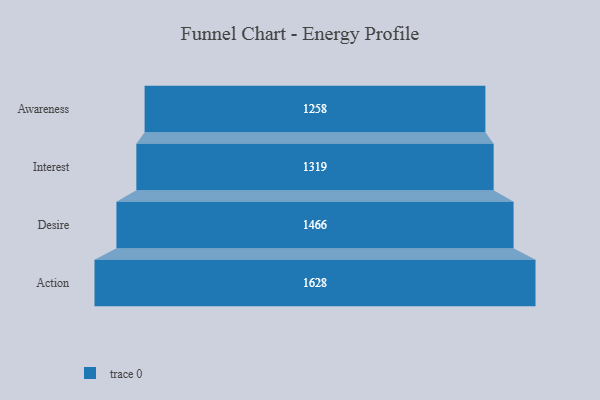
{"axis": {"x": "Stage", "y": "Value"}, "legend": [""], "data": [{"x": "Awareness", "y": 1258.0, "type": ""}, {"x": "Interest", "y": 1319.0, "type": ""}, {"x": "Desire", "y": 1466.0, "type": ""}, {"x": "Action", "y": 1628.0, "type": ""}]}